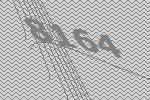
8164